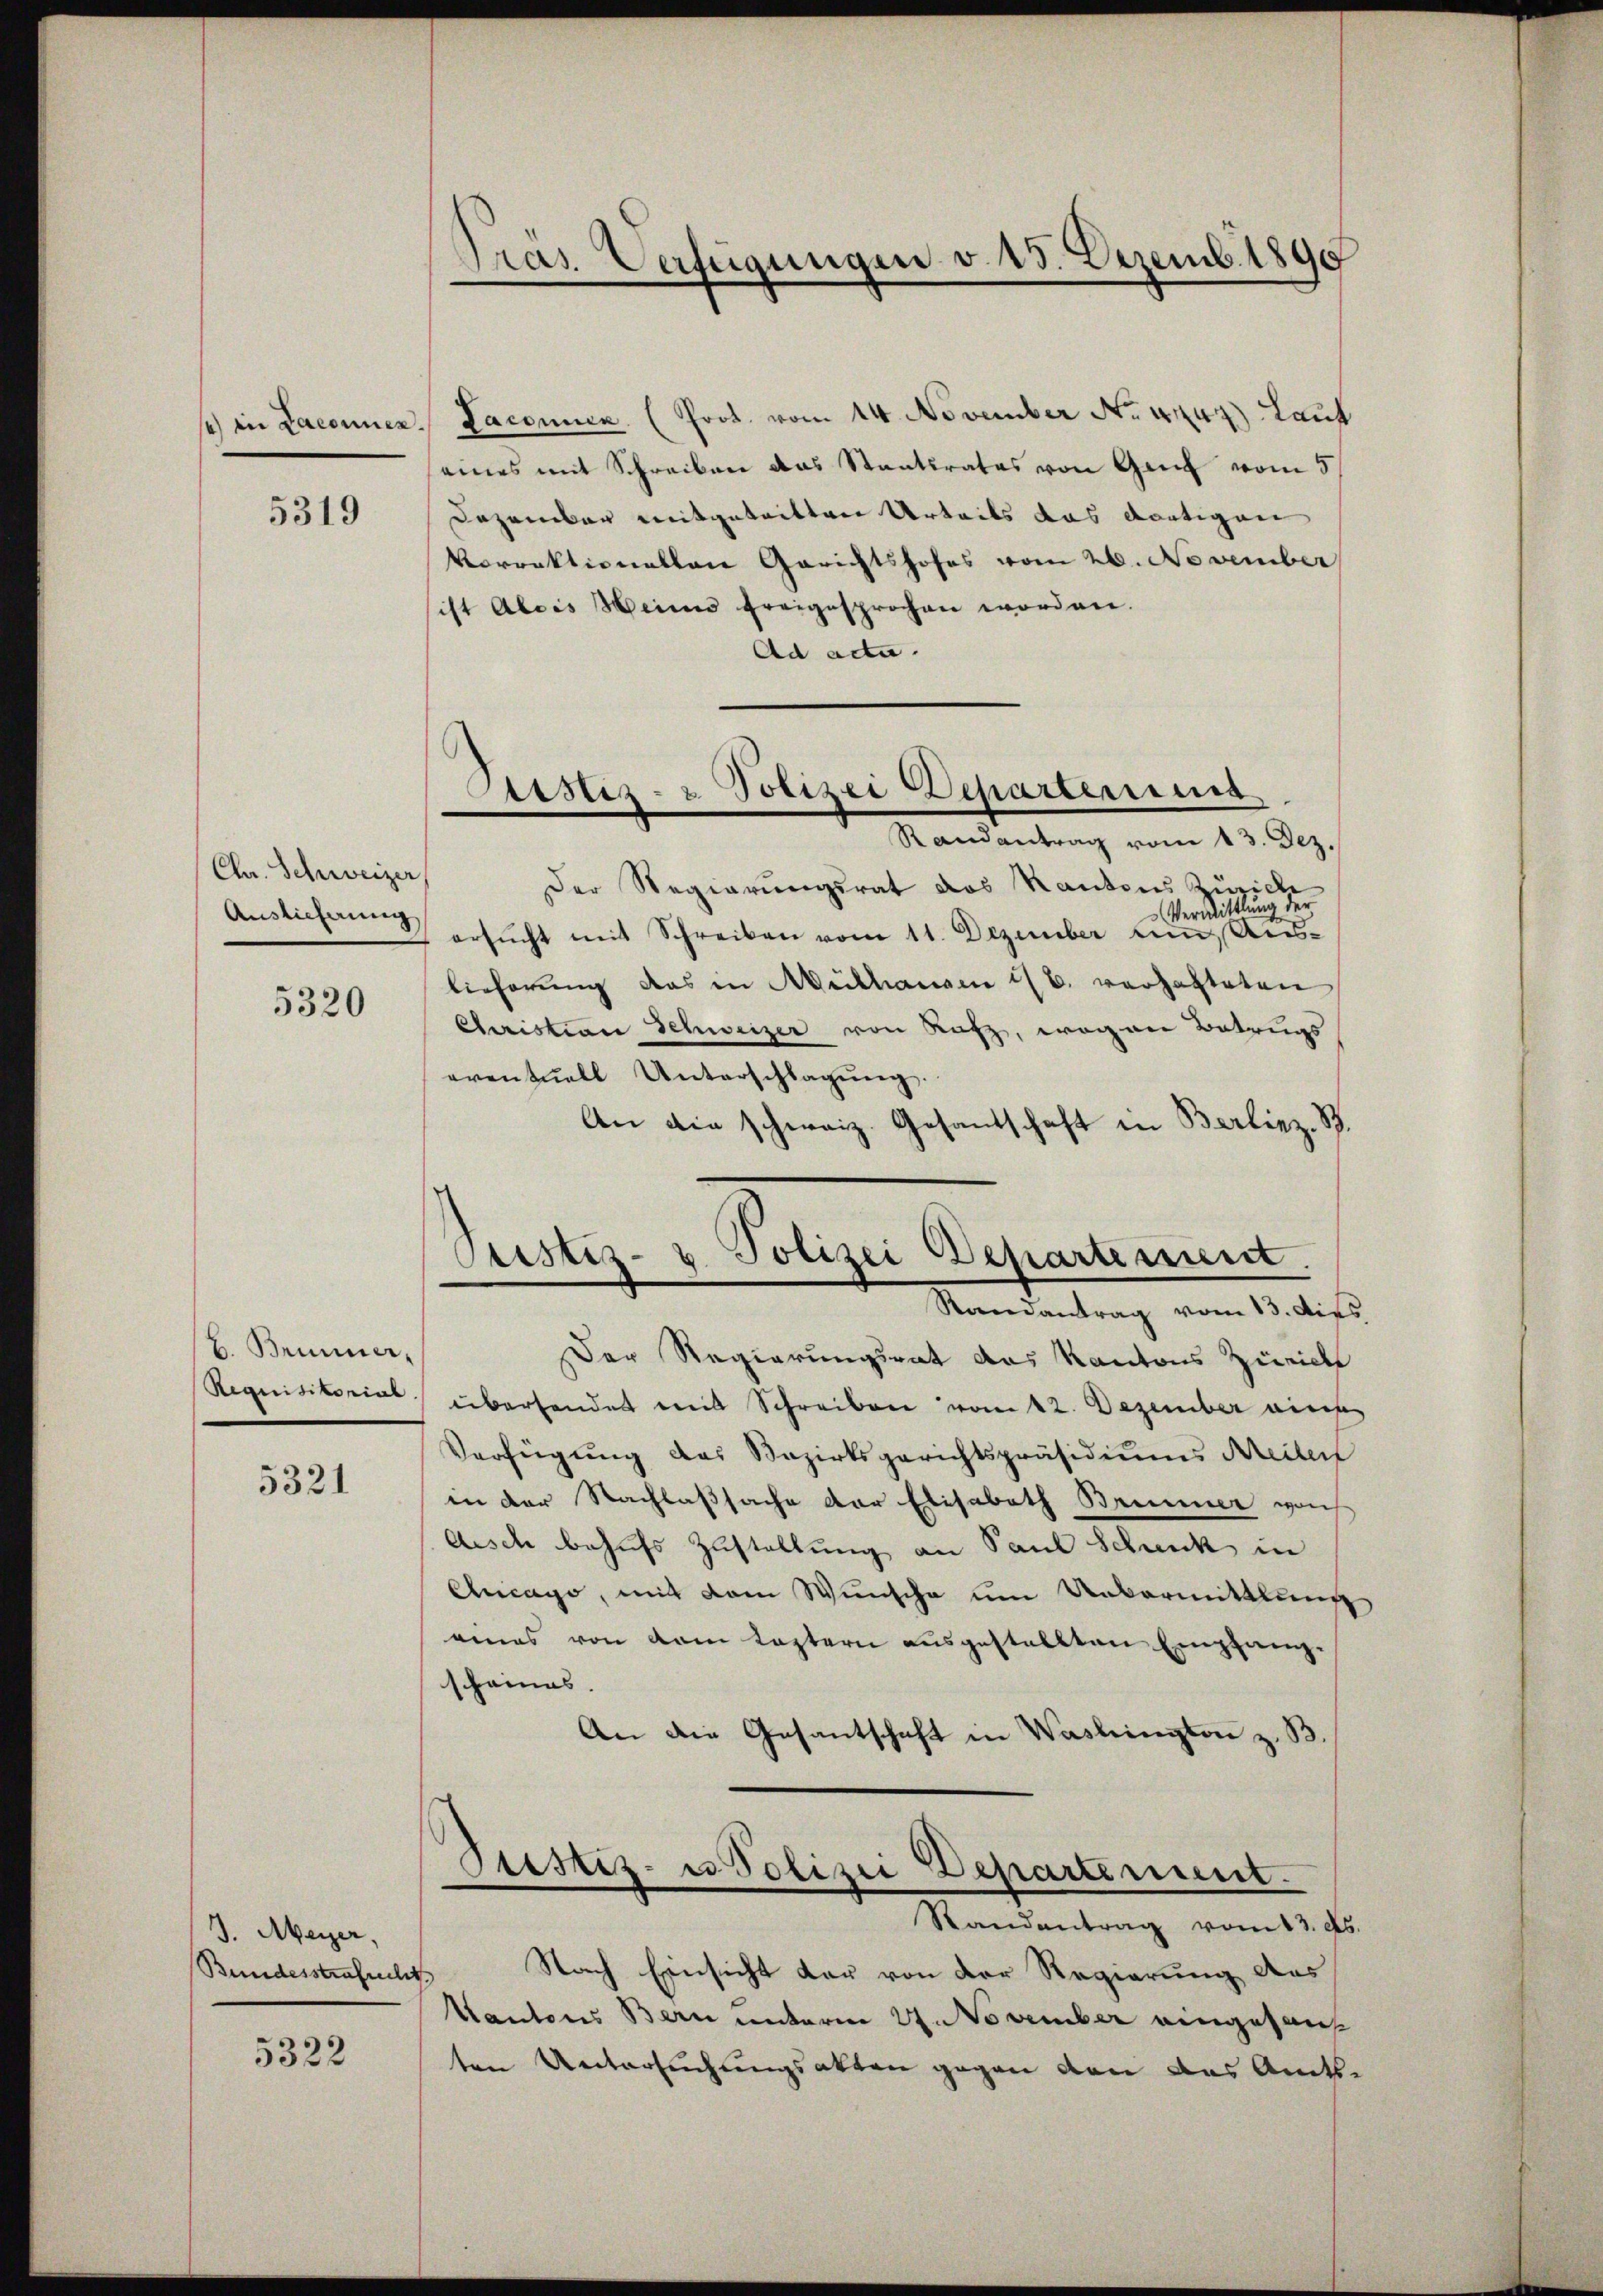
4) in Laconuen.

5319

Ch. Schweizer
Auslieferung

5320

. Brunner,
Requisitorial

5321

.
J. Meyer
Bundesstrafrecht

5322

Gras Verfügungen v. 15. Dezemb. 1890

Aastiz- & Polizei Departerung

Laconen (Prot. vom 14. November No. 4444) Laut
eines mit Schreiben das Staatsrates von Ganz vom 5
Dezember mitgetritten Urteils das dortigen
Vorrektionellen Gerichtshofes vom 26. November
ist Alois Weines freigesprochen worden.
Ad acta.
Randantrag vom 13. Dez.
Der Regierungsrat das Kantons Zürich
Vermittlung der
ersŭcht mit Schreiben vom 11. Dezember um Auslieferung das in Mülhausen ist verhafteten
Christian Schweizer von Rafz, wegen Betrugs
eventuell Unterschlagung.
An die schweiz. Gesandschaft in Berlinz. B.

Astiz- & Polizei Departement.
Randantrag vom 13. dies

Der Regierungsrat das Kantons Zürich
überhandet mit Schreiben vom 12. Dezember eines
Verfügung des Bezirksgerichtspräsidiums Meilen
in der Nachlaßsache der Elisabeth Brunner von
disch behufs Zustellung an Paul Schank in
Chicago, mit dem Wunsche um Unvermittlung
eines von dem Leztern ausgestellten Empfangscheines.
An die Gesantschaft in Waslington z. B.
Sistiz- u Polizei Departement.
Randantrag vom 13. ds.
Nach Einsicht dar von der Regierung des
.
Kantons Bern unterm 27. November eingesanten Untersuchungsakten gegen den das Amts¬